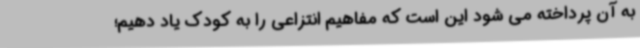
به آن پرداخته می شود این است که مفاهیم انتزاعی را به کودک یاد دهیم؛